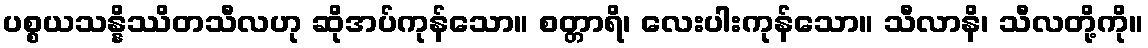
ပစ္စယသန္နိဿိတသီလဟု ဆိုအပ်ကုန်သော။ စတ္တာရိ၊ လေးပါးကုန်သော။ သီလာနိ၊ သီလတို့ကို။